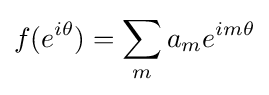
f(e^{i\theta })=\sum _{m}a_{m}e^{im\theta }